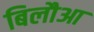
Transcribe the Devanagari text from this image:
बिलौआ